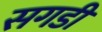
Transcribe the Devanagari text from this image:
सगडी